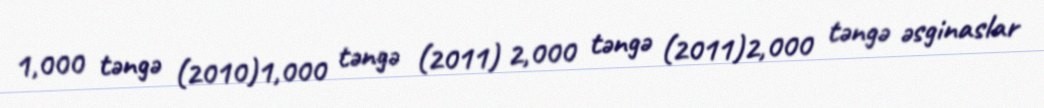
1,000 təngə (2010)1,000 təngə (2011) 2,000 təngə (2011)2,000 təngə əsginaslar